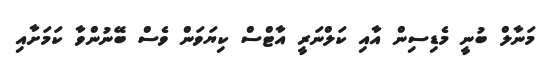
މަނާލް ބުނީ މެޑިސިން އާއި ކަލްނަރީ އާޓްސް ކިޔަވަން ވެސް ބޭނުންވާ ކަމަށާއި